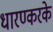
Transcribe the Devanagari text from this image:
धारण्करके